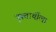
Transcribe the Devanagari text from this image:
पुरूतार्थीला